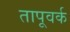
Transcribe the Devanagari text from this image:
तापूवर्क